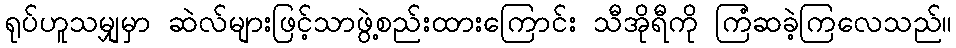
ရုပ်ဟူသမျှမှာ ဆဲလ်များဖြင့်သာဖွဲ့စည်းထားကြောင်း သီအိုရီကို ကြံဆခဲ့ကြလေသည်။